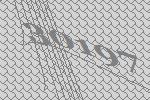
30197